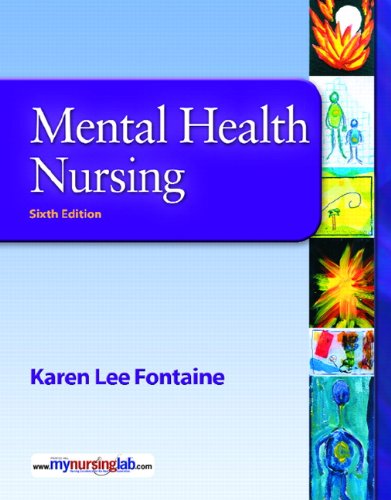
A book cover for Mental Health Nursing (6th Edition); Karen Lee Fontaine RN  MSN; Medical Books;